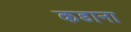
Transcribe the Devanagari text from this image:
कडाना